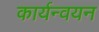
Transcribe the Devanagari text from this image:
कार्यन्वयन